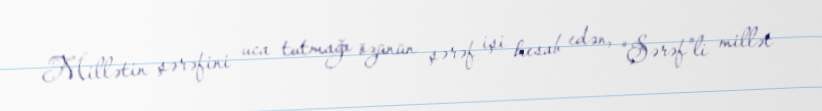
Millətin şərəfini uca tutmağı özünün şərəf işi hesab edən, “Şərəf”li millət